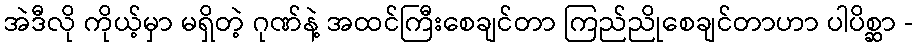
အဲဒီလို ကိုယ့်မှာ မရှိတဲ့ ဂုဏ်နဲ့ အထင်ကြီးစေချင်တာ ကြည်ညိုစေချင်တာဟာ ပါပိစ္ဆာ -